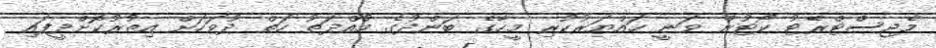
މެޖިސްޓްރޭޓު ކޯޓުން ވަނީ ހައްޔަރުކުރި މީހާގެ ބަންދުގެ މުއްދަތު ހަތް ދުވަހަށް އިތުރުކޮށްދީފައި